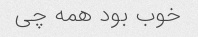
خوب بود همه چی